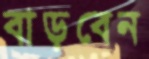
বাড়বেন